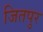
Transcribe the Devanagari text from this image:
जितपुर